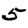
Digit: 5